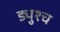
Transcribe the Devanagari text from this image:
ड्युश्च